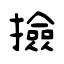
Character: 撿